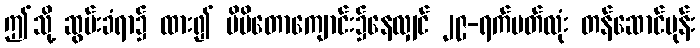
ဤသို့ ဆွမ်းခံရာ၌ ထား၍ မိမိတောကျောင်း၌နေလျှင် ၂၉-ရက်ပတ်လုံး တန်ဆောင်မုန်း